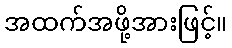
အထက်အဖို့အားဖြင့်။